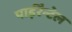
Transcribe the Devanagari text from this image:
पाईरैन्टेल